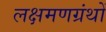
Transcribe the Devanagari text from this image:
लक्षमणग्रंथों